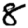
Digit: 8